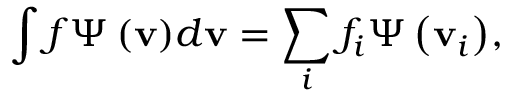
\int { f { \boldsymbol { \Psi } } \left( { \bf { v } } \right) } d { \bf { v } } = \sum _ { i } { { f _ { i } } { \boldsymbol { \Psi } } \left( { { { \bf { v } } _ { i } } } \right) } ,